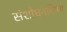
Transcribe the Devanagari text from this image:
संशोधनविषय